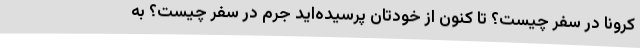
کرونا در سفر چیست؟ تا کنون از خودتان پرسیده‌اید جرم در سفر چیست؟ به